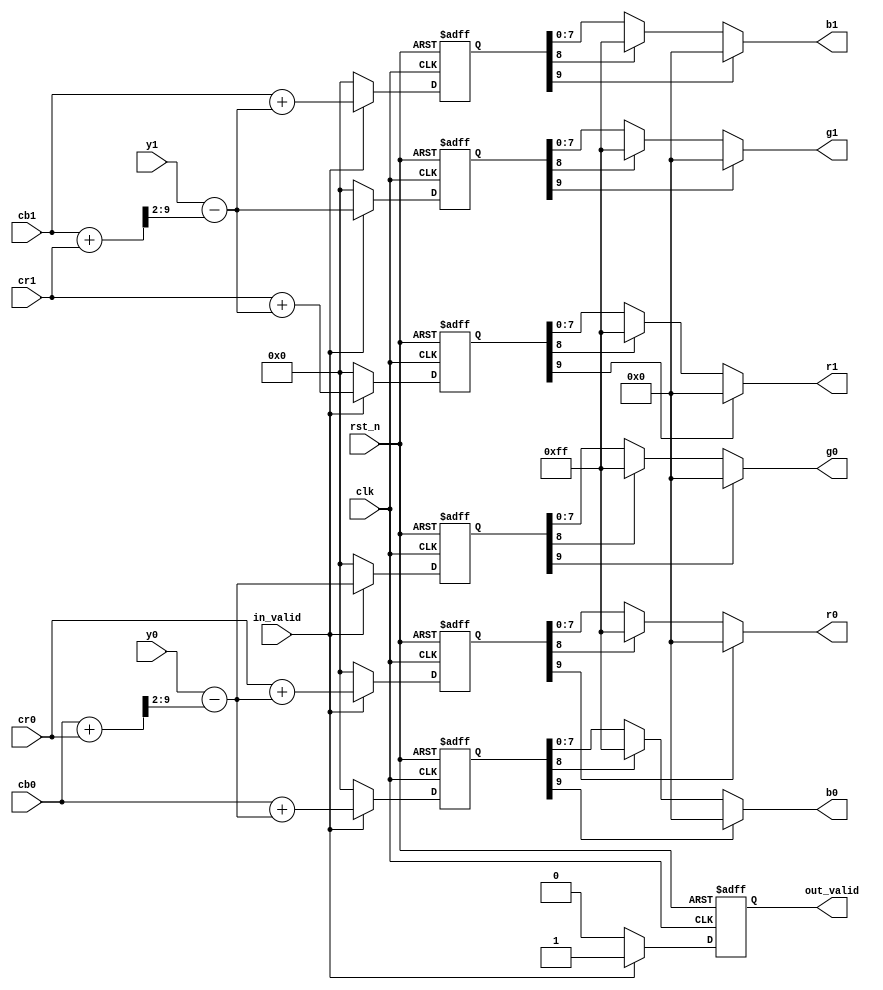
module lcd_inverse_rct 
#(
    parameter IMG_PIX_W  = 8,
              WAVE_PIX_W = 10
)
(
    input clk,
    input rst_n,
    input in_valid,
    input signed [WAVE_PIX_W-1:0] y0, cb0, cr0, 
    input signed [WAVE_PIX_W-1:0] y1, cb1, cr1, 
    //input [WAVE_PIX_W-1:0] y0, cb0, cr0,
    //input [WAVE_PIX_W-1:0] y1, cb1, cr1,
    output reg out_valid,
    output [IMG_PIX_W-1:0] r0, g0, b0,
    output [IMG_PIX_W-1:0] r1, g1, b1
);

/*Signals*/
wire [WAVE_PIX_W-1:0] tmp0;
wire [WAVE_PIX_W-1:0] tmp1;
 reg [WAVE_PIX_W-1:0] r0_tmp;
 reg [WAVE_PIX_W-1:0] g0_tmp;
 reg [WAVE_PIX_W-1:0] b0_tmp;
 reg [WAVE_PIX_W-1:0] r1_tmp;
 reg [WAVE_PIX_W-1:0] g1_tmp;
 reg [WAVE_PIX_W-1:0] b1_tmp;

/*Combinational logic*/
assign tmp0 = y0 - ((cb0 + cr0) >>> 2);
assign tmp1 = y1 - ((cb1 + cr1) >>> 2);

/*Sequential logic*/
always @(posedge clk or negedge rst_n) begin
    if(!rst_n) begin
        r0_tmp <= 0;
        g0_tmp <= 0;
        b0_tmp <= 0;
        r1_tmp <= 0;
        g1_tmp <= 0;
        b1_tmp <= 0;
        out_valid <= 0;
    end else begin
        if(in_valid) begin
            r0_tmp <= cr0 + tmp0;
            g0_tmp <= tmp0;
            b0_tmp <= cb0 + tmp0;
            r1_tmp <= cr1 + tmp1 ;
            g1_tmp <= tmp1 ;
            b1_tmp <= cb1 + tmp1 ;
            out_valid <= 1;
        end else begin
            r0_tmp <= 0;
            g0_tmp <= 0;
            b0_tmp <= 0;
            r1_tmp <= 0;
            g1_tmp <= 0;
            b1_tmp <= 0;
            out_valid <= 0;
        end
    end
end
assign r0 = (r0_tmp[WAVE_PIX_W-1])? 0 : (r0_tmp[WAVE_PIX_W-2])? 255 : r0_tmp[IMG_PIX_W-1:0];
assign g0 = (g0_tmp[WAVE_PIX_W-1])? 0 : (g0_tmp[WAVE_PIX_W-2])? 255 : g0_tmp[IMG_PIX_W-1:0];
assign b0 = (b0_tmp[WAVE_PIX_W-1])? 0 : (b0_tmp[WAVE_PIX_W-2])? 255 : b0_tmp[IMG_PIX_W-1:0];
assign r1 = (r1_tmp[WAVE_PIX_W-1])? 0 : (r1_tmp[WAVE_PIX_W-2])? 255 : r1_tmp[IMG_PIX_W-1:0];
assign g1 = (g1_tmp[WAVE_PIX_W-1])? 0 : (g1_tmp[WAVE_PIX_W-2])? 255 : g1_tmp[IMG_PIX_W-1:0];
assign b1 = (b1_tmp[WAVE_PIX_W-1])? 0 : (b1_tmp[WAVE_PIX_W-2])? 255 : b1_tmp[IMG_PIX_W-1:0];
endmodule